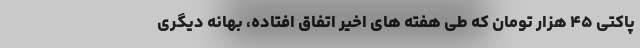
پاکتی ۴۵ هزار تومان که طی هفته های اخیر اتفاق افتاده، بهانه دیگری